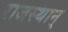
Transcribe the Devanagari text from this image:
राजस्थान्